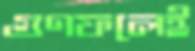
গুণফলেই